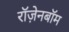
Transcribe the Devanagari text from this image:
रॉज़ेनबॉम